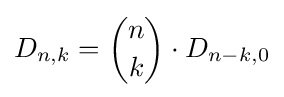
D_{n,k}={n \choose k}\cdot D_{n-k,0}